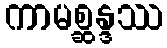
ကာမစ္ဆန္ဒဿ